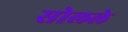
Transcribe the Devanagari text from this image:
सोलले